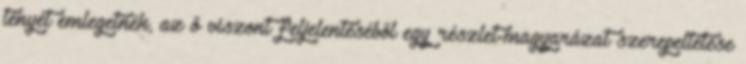
tényét emlegetnék, az ő viszont feljelentéséből egy részlet-magyarázat szerepeltetése